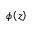
\phi \left( z \right)